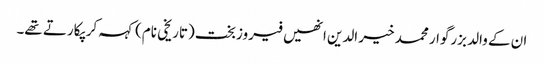
ان کے والد بزرگوار محمد خیر الدین انھیں فیروزبخت (تاریخی نام) کہہ کر پکارتے تھے۔